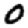
Digit: 0